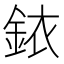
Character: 銥